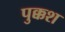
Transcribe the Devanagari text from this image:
पुक्कश